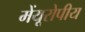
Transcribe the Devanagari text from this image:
मेंयूरोपीय